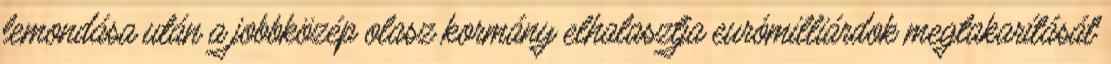
lemondása után a jobbközép olasz kormány elhalasztja eurómilliárdok megtakarítását